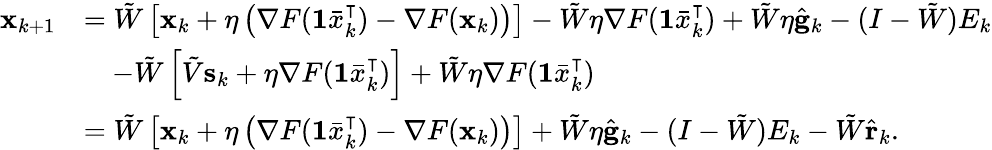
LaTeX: \begin{array}{rl}{\mathbf{x}_{k+1}}&{=\tilde{W}\left[\mathbf{x}_{k}+\eta\left(\nabla F(\mathbf{1}\bar{x}_{k}^{\intercal})-\nabla F(\mathbf{x}_{k})\right)\right]-\tilde{W}\eta\nabla F(\mathbf{1}\bar{x}_{k}^{\intercal})+\tilde{W}\eta\hat{\mathbf{g}}_{k}-(I-\tilde{W})E_{k}}\\ &{\quad-\tilde{W}\left[\tilde{V}\mathbf{s}_{k}+\eta\nabla F(\mathbf{1}\bar{x}_{k}^{\intercal})\right]+\tilde{W}\eta\nabla F(\mathbf{1}\bar{x}_{k}^{\intercal})}\\ &{=\tilde{W}\left[\mathbf{x}_{k}+\eta\left(\nabla F(\mathbf{1}\bar{x}_{k}^{\intercal})-\nabla F(\mathbf{x}_{k})\right)\right]+\tilde{W}\eta\hat{\mathbf{g}}_{k}-(I-\tilde{W})E_{k}-\tilde{W}\hat{\mathbf{r}}_{k}.}\end{array}